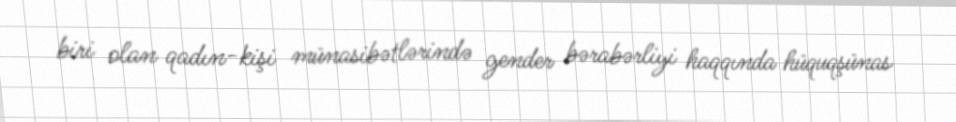
biri olan qadın-kişi münasibətlərində gender bərabərliyi haqqında hüquqşünas